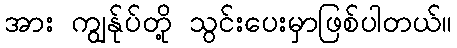
အား ကျွန်ုပ်တို့ သွင်းပေးမှာဖြစ်ပါတယ်။